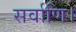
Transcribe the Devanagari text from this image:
सर्वाणि।